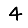
Digit: 4